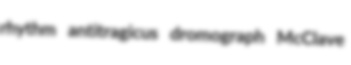
rhythm antitragicus dromograph McClave